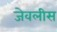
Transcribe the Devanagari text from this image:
जेवलीस